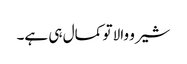
شیرو والا تو کمال ہی ہے۔